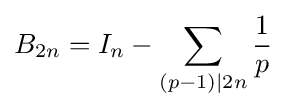
B_{2n}=I_{n}-\sum _{(p-1)|2n}{\frac {1}{p}}